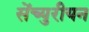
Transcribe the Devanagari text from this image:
सेंच्युरीयन